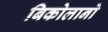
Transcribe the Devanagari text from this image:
बिकोलानो